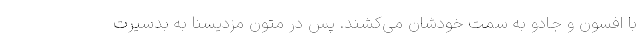
با افسون و جادو به سمت خودشان می‌کشند. پس در متون مزدیسنا به بدسیرت